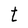
Character: t